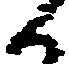
候